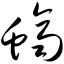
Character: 蛴